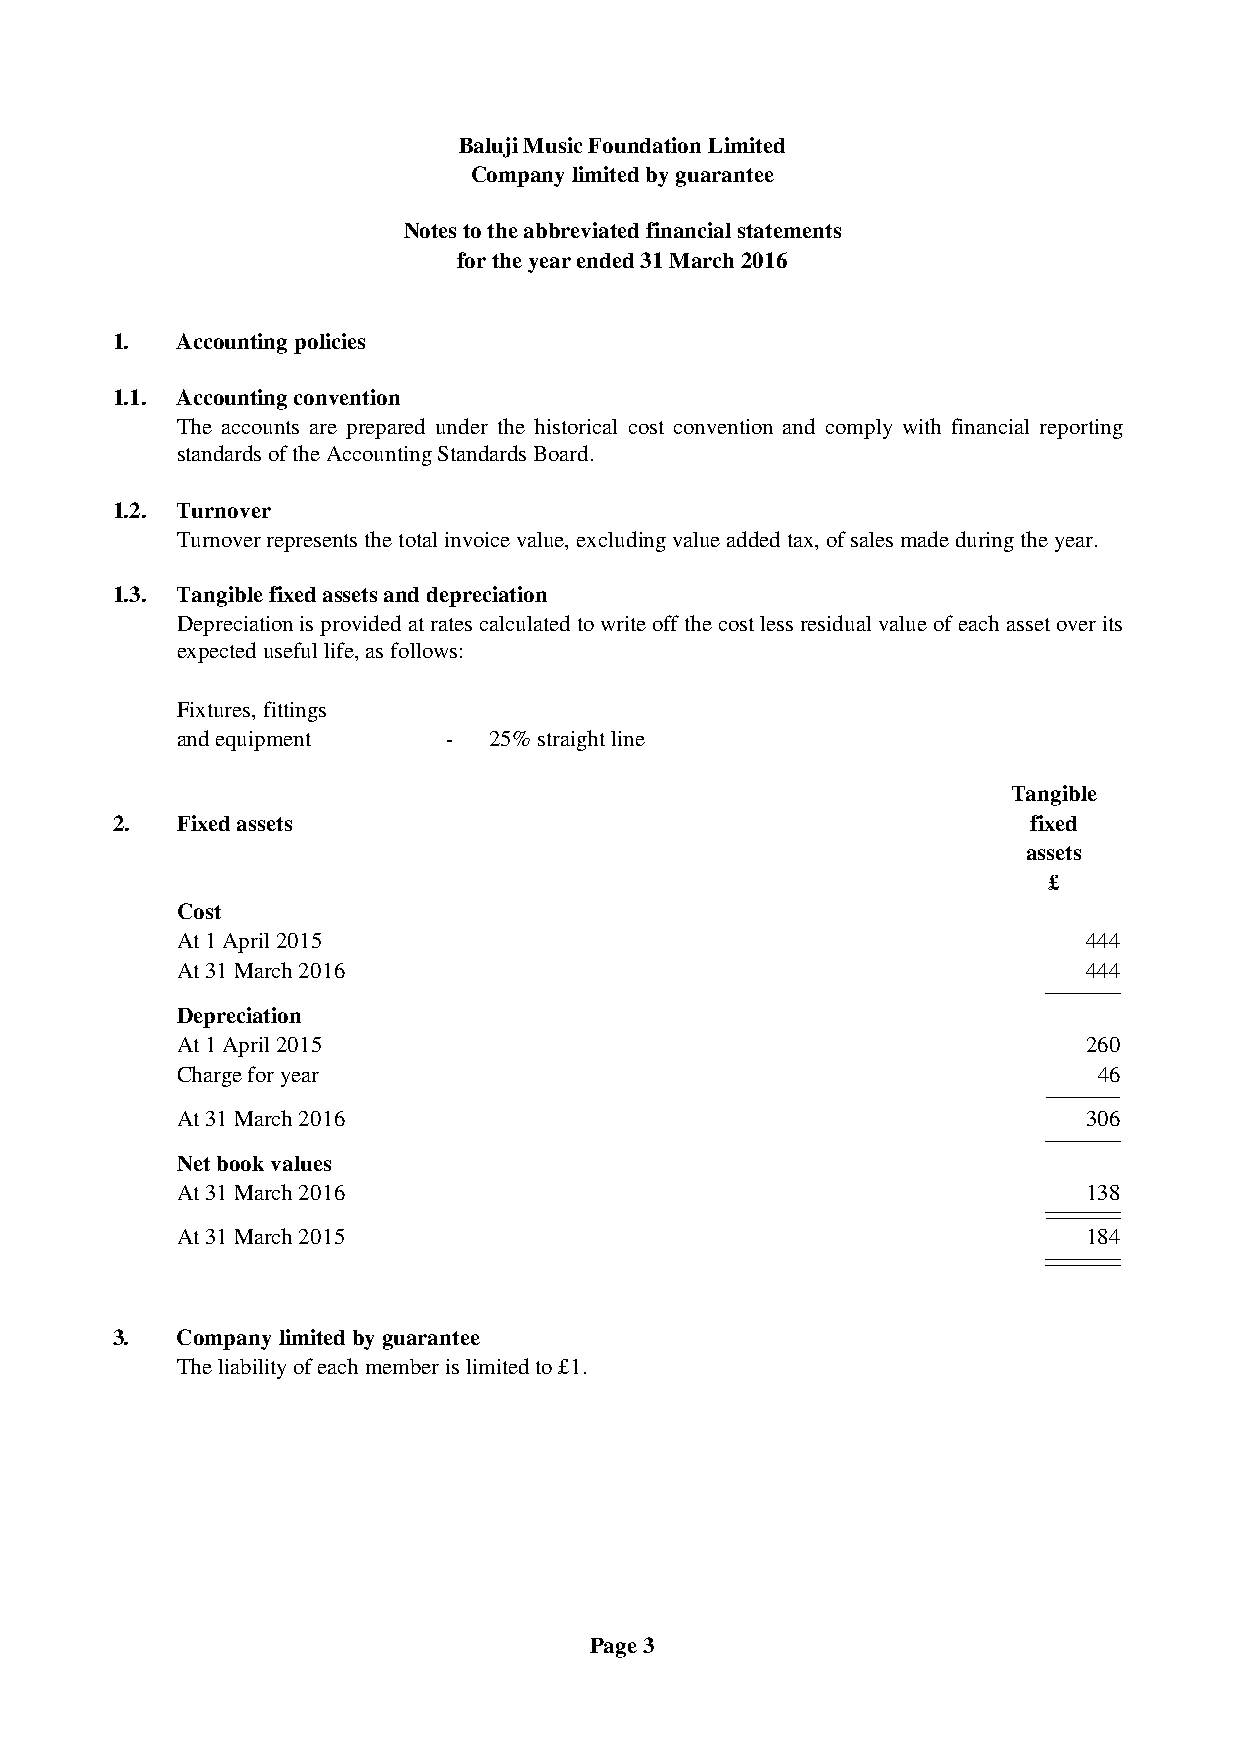
Baluji Music Foundation Limited
 Company limited by guarantee
 Notes to the abbreviated financial statements
 for the year ended 31 March 2016
 1.   Accounting policies
 1.1. Accounting convention
 The accounts are prepared under the historical cost convention and comply with financial reporting
 standards of the Accounting Standards Board.
 1.2. Turnover
 Turnover represents the total invoice value, excluding value added tax, of sales made during the year.
 1.3. Tangible fixed assets and depreciation
 Depreciation is provided at rates calculated to write off the cost less residual value of each asset over its
 expected useful life, as follows:
 Fixtures, fittings
 and equipment     - 25% straight line
 Tangible
 2.   Fixed assets                                            fixed
 assets
 £
 Cost
 At 1 April 2015                                             444
 At 31 March 2016                                            444
 Depreciation
 At 1 April 2015                                             260
 Charge for year                                              46
 At 31 March 2016                                            306
 Net book values
 At 31 March 2016                                            138
 At 31 March 2015                                            184
 3.   Company limited by guarantee
 The liability of each member is limited to £1.
 Page 3